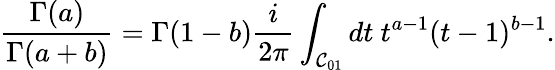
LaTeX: \frac{\Gamma(a)}{\Gamma(a+b)}=\Gamma(1-b)\frac{i}{2\pi}\int_{{\cal C}_{01}}dt\ t^{a-1}(t-1)^{b-1}.